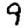
Digit: 9